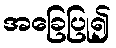
အခြေပြု၍